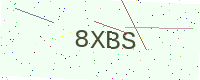
Text: 8XBS